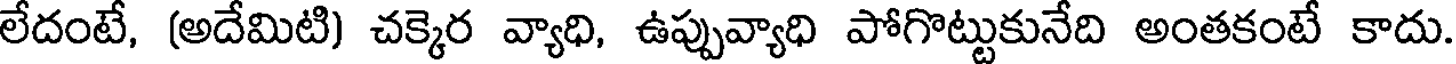
లేదంటే, (అదేమిటి) చక్కెర వ్యాధి, ఉప్పువ్యాధి పోగొట్టుకునేది అంతకంటే కాదు.